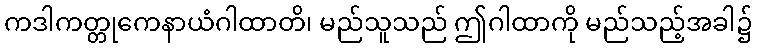
ကဒါကတ္တုကေနာယံဂါထာတိ၊ မည်သူသည် ဤဂါထာကို မည်သည့်အခါ၌